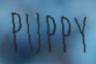
PUPPY